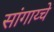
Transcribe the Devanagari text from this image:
सांगाय्चे